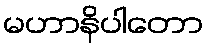
မဟာနိပါတော